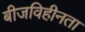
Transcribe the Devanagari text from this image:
बीजविहीनता